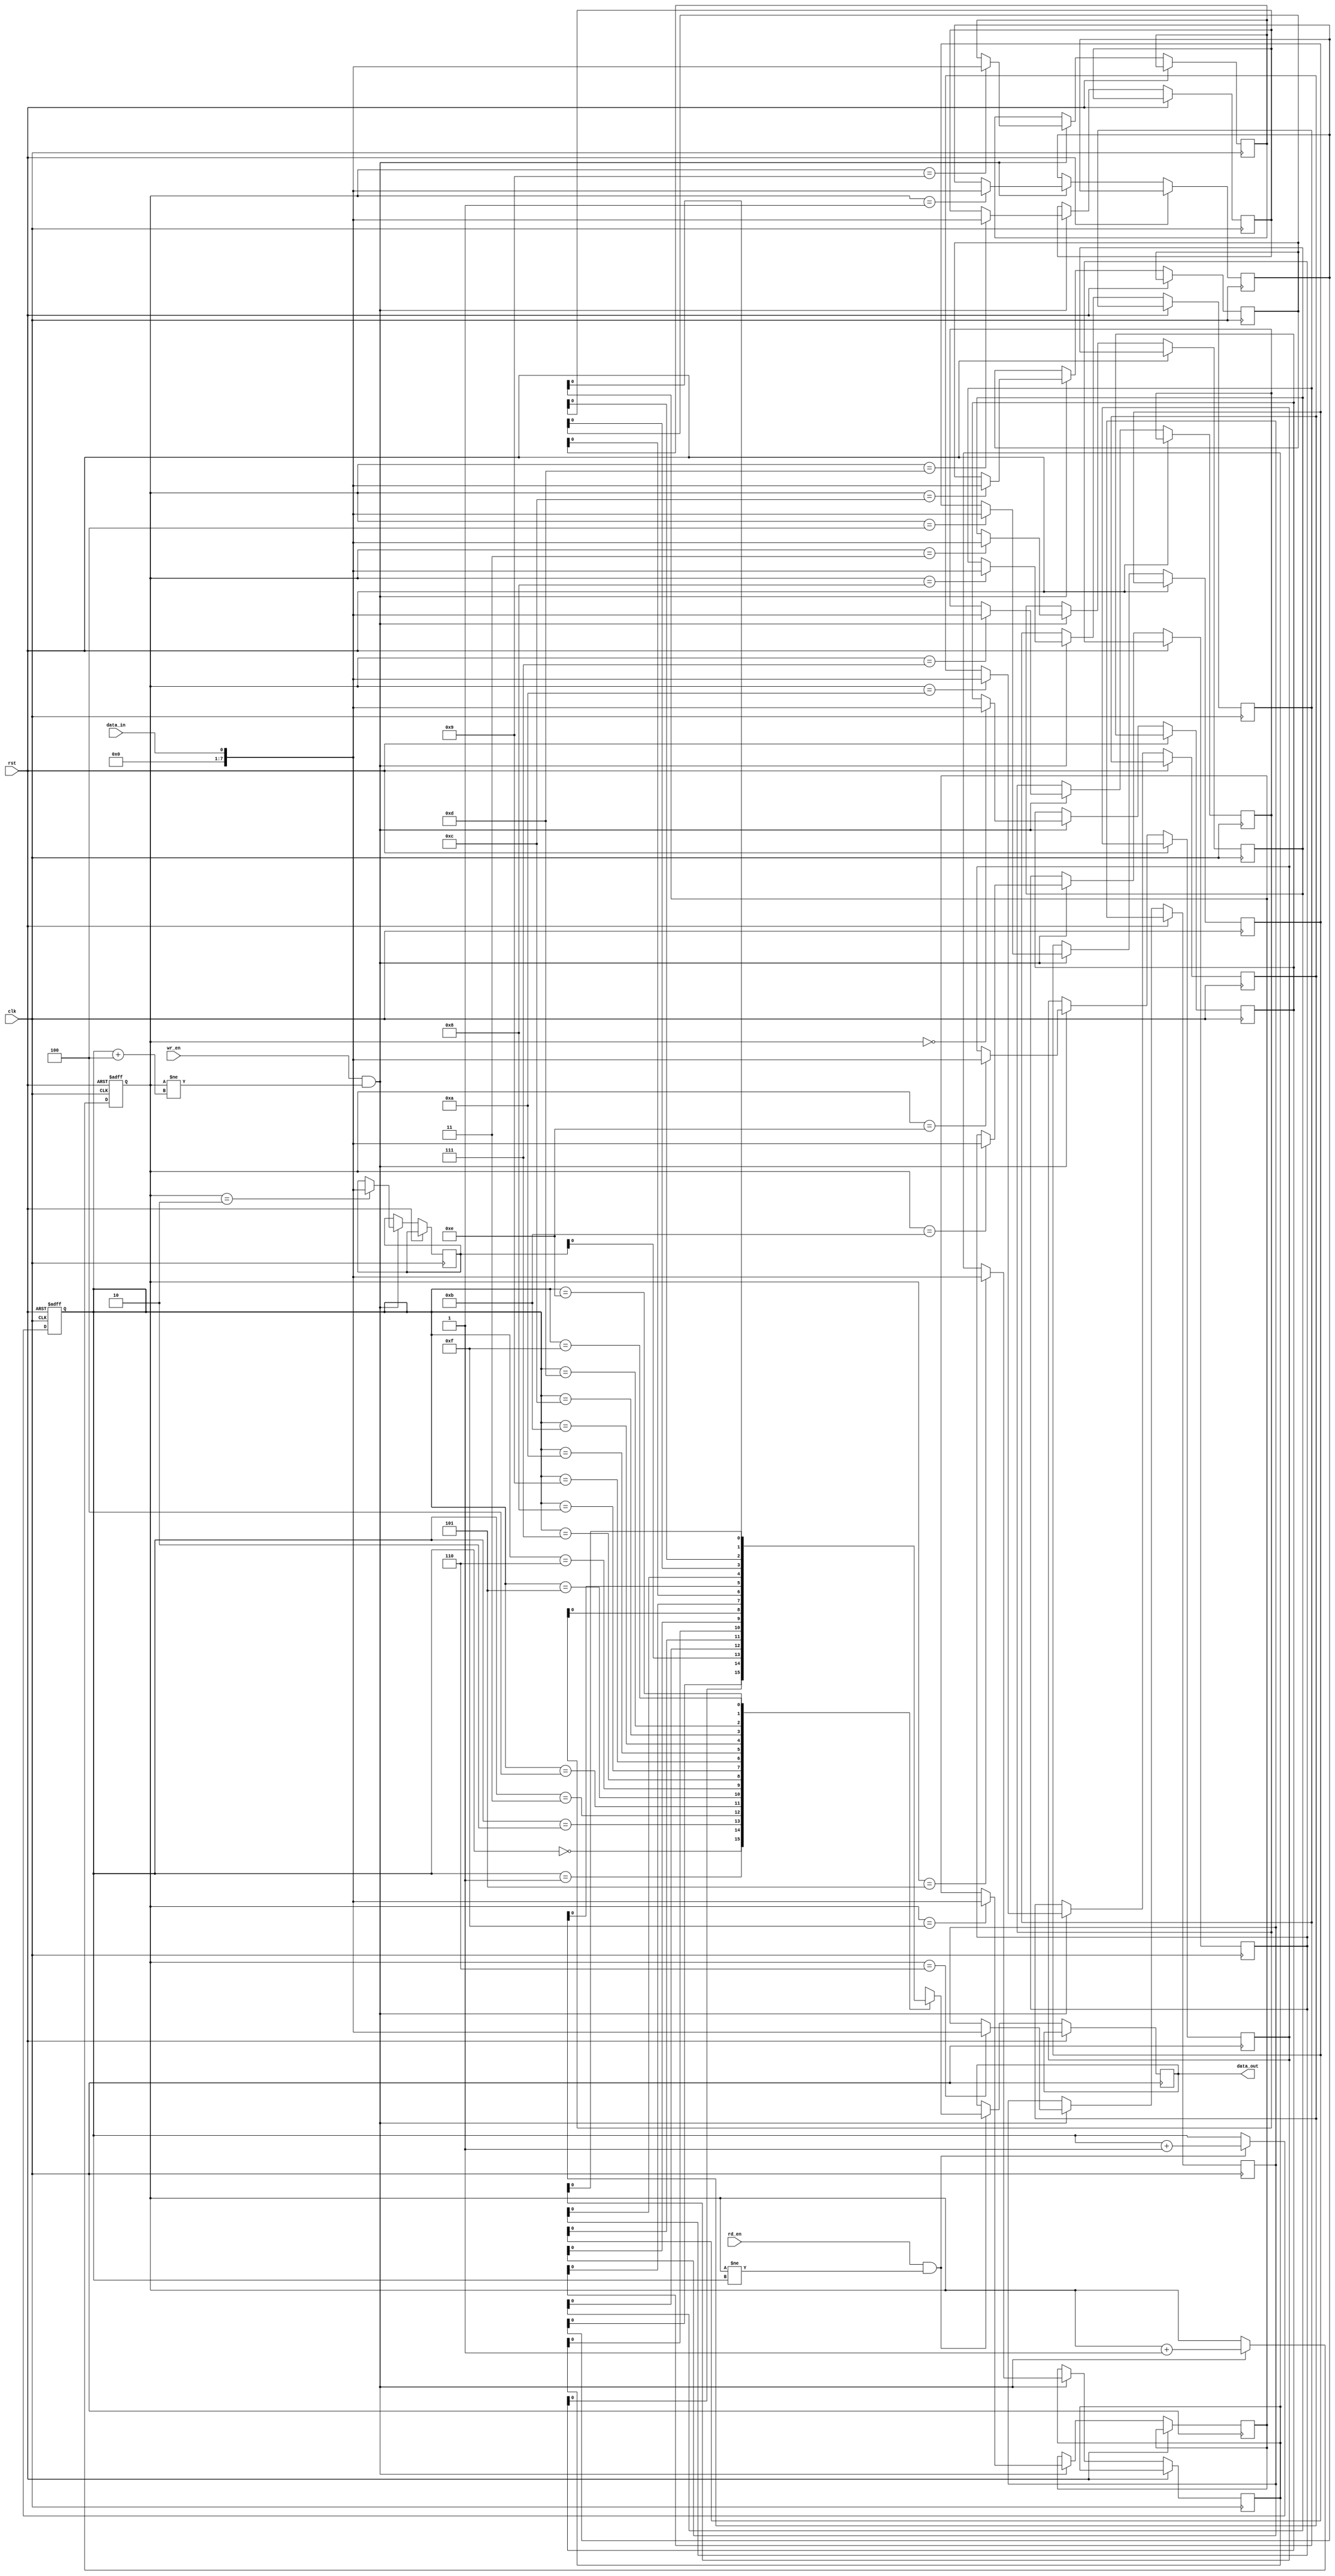
module fifo_buffer (
    input wire clk,
    input wire rst,
    input wire wr_en,
    input wire rd_en,
    input wire data_in,
    output reg data_out
);

reg [7:0] buffer [0:15];  // FIFO buffer with 16 slots
reg [3:0] wr_ptr, rd_ptr;  // Write and read pointers

always @(posedge clk or posedge rst) begin
    if (rst) begin
        wr_ptr <= 4'd0;
        rd_ptr <= 4'd0;
    end else begin
        if (wr_en && (wr_ptr != (rd_ptr + 4))) begin  // Check if buffer is not full
            buffer[wr_ptr] <= data_in;
            wr_ptr <= wr_ptr + 4'd1;
        end
        
        if (rd_en && (wr_ptr != rd_ptr)) begin  // Check if buffer is not empty
            data_out <= buffer[rd_ptr];
            rd_ptr <= rd_ptr + 4'd1;
        end
    end
end

endmodule